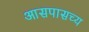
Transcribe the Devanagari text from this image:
आसपासच्य